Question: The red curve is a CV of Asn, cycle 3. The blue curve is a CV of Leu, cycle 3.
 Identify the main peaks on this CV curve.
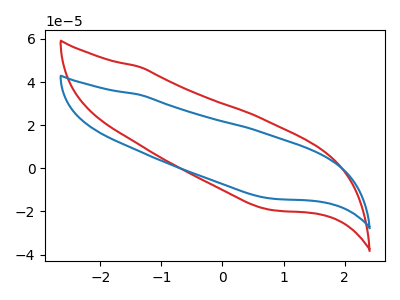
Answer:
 <answer>The red curve "Asn, cycle 3" has no peaks. The blue curve "Leu, cycle 3" has no peaks.</answer>
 <eval></eval>